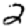
Digit: 2